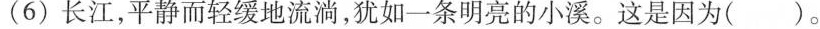
(6)长江,平静而轻缓地流淌,犹如一条明亮的小溪。这是因为（ ）。